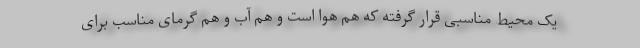
یک محیط مناسبی قرار گرفته که هم هوا است و هم آب و هم گرمای مناسب برای